Report of the Bombay Veterinary College
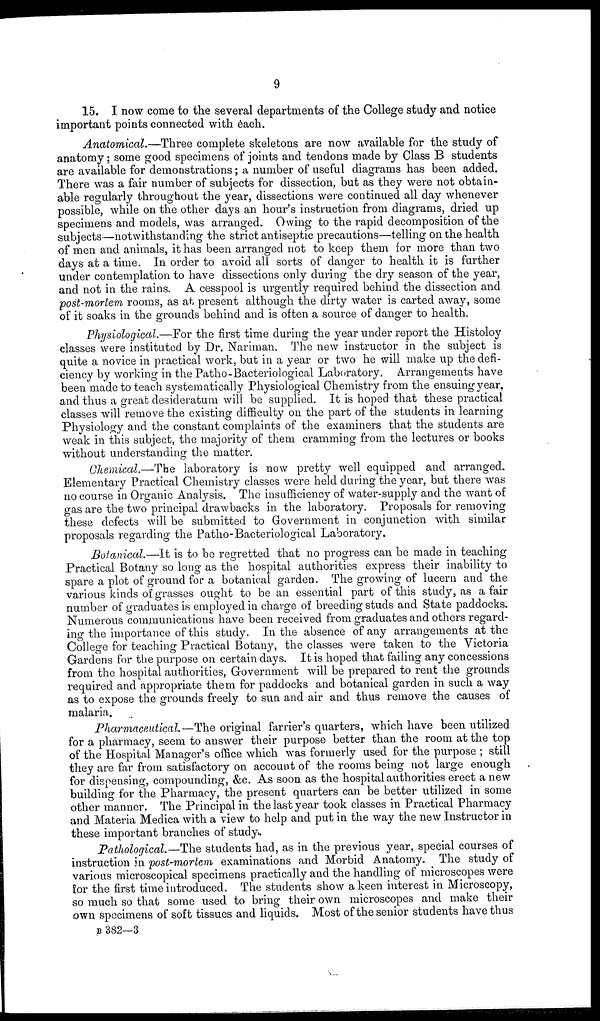
9
15. I now come to the several departments of the College study and notice
important points connected with each.
Anatomical.—Three complete skeletons are now available for the study of
anatomy; some good specimens of joints and tendons made by Class B students
are available for demonstrations; a number of useful diagrams has been added.
There was a fair number of subjects for dissection, but as they were not obtain-
able regularly throughout the year, dissections were continued all day whenever
possible, while on the other days an hour's instruction from diagrams, dried up
specimens and models, was arranged. Owing to the rapid decomposition of the
subjects—notwithstanding the strict antiseptic precautions—telling on the health
of men and animals, it has been arranged not to keep them for more than two
days at a time. In order to avoid all sorts of danger to health it is further
under contemplation to have dissections only during the dry season of the year,
and not in the rains. A cesspool is urgently required behind the dissection and
post-mortem rooms, as at present although the dirty water is carted away, some
of it soaks in the grounds behind and is often a source of danger to health.
Physiological.—For the first time during the year under report the Histoloy
classes were instituted by Dr. Nariman. The new instructor in the subject is
quite a novice in practical work, but in a year or two he will make up the defi-
ciency by working in the Patho- Bacteriological Laboratory. Arrangements have
been made to teach systematically Physiological Chemistry from the ensuing year,
and thus a great desideratum will be supplied. It is hoped that these practical
classes will remove the existing difficulty on the part of the students in learning
Physiology and the constant complaints of the examiners that the students are
weak in this subject, the majority of them cramming from the lectures or books
without understanding the matter.
Chemical.—The laboratory is now pretty well equipped and arranged.
Elementary Practical Chemistry classes were held during the year, but there was
no course in Organic Analysis. The insufficiency of water-supply and the want of
gas are the two principal drawbacks in the laboratory. Proposals for removing
these defects will be submitted to Government in conjunction with similar
proposals regarding the Patho-Bacteriological Laboratory.
Botanical.—It is to be regretted that no progress can be made in teaching
Practical Botany so long as the hospital authorities express their inability to
spare a plot of ground for a botanical garden. The growing of lucern and the
various kinds of grasses ought to be an essential part of this study, as a fair
number of graduates is employed in charge of breeding studs and State paddocks.
Numerous communications have been received from graduates and others regard-
ing the importance of this study. In the absence of any arrangements at the
College for teaching Practical Botany, the classes were taken to the Victoria
Gardens for the purpose on certain days. It is hoped that failing any concessions
from the hospital authorities, Government will be prepared to rent the grounds
required and appropriate them for paddocks and botanical garden in such a way
as to expose the grounds freely to sun and air and thus remove the causes of
malaria.
Pharmaceutical.—The original farrier's quarters, which have been utilized
for a pharmacy, seem to answer their purpose better than the room at the top
of the Hospital Manager's office which was formerly used for the purpose ; still
they are far from satisfactory on account of the rooms being not large enough
for dispensing, compounding, &c. As soon as the hospital authorities erect a new
building for the Pharmacy, the present quarters can be better utilized in some
other manner. The Principal in the last year took classes in Practical Pharmacy
and Materia Medica with a view to help and put in the way the new Instructor in
these important branches of study.
Pathological.—The students had, as in the previous year, special courses of
instruction in post-mortem examinations and Morbid Anatomy. The study of
various microscopical specimens practically and the handling of microscopes were
for the first time introduced. The students show a keen interest in Microscopy,
so much so that some used to bring their own microscopes and make their
own specimens of soft tissues and liquids. Most of the senior students have thus
B 382—3